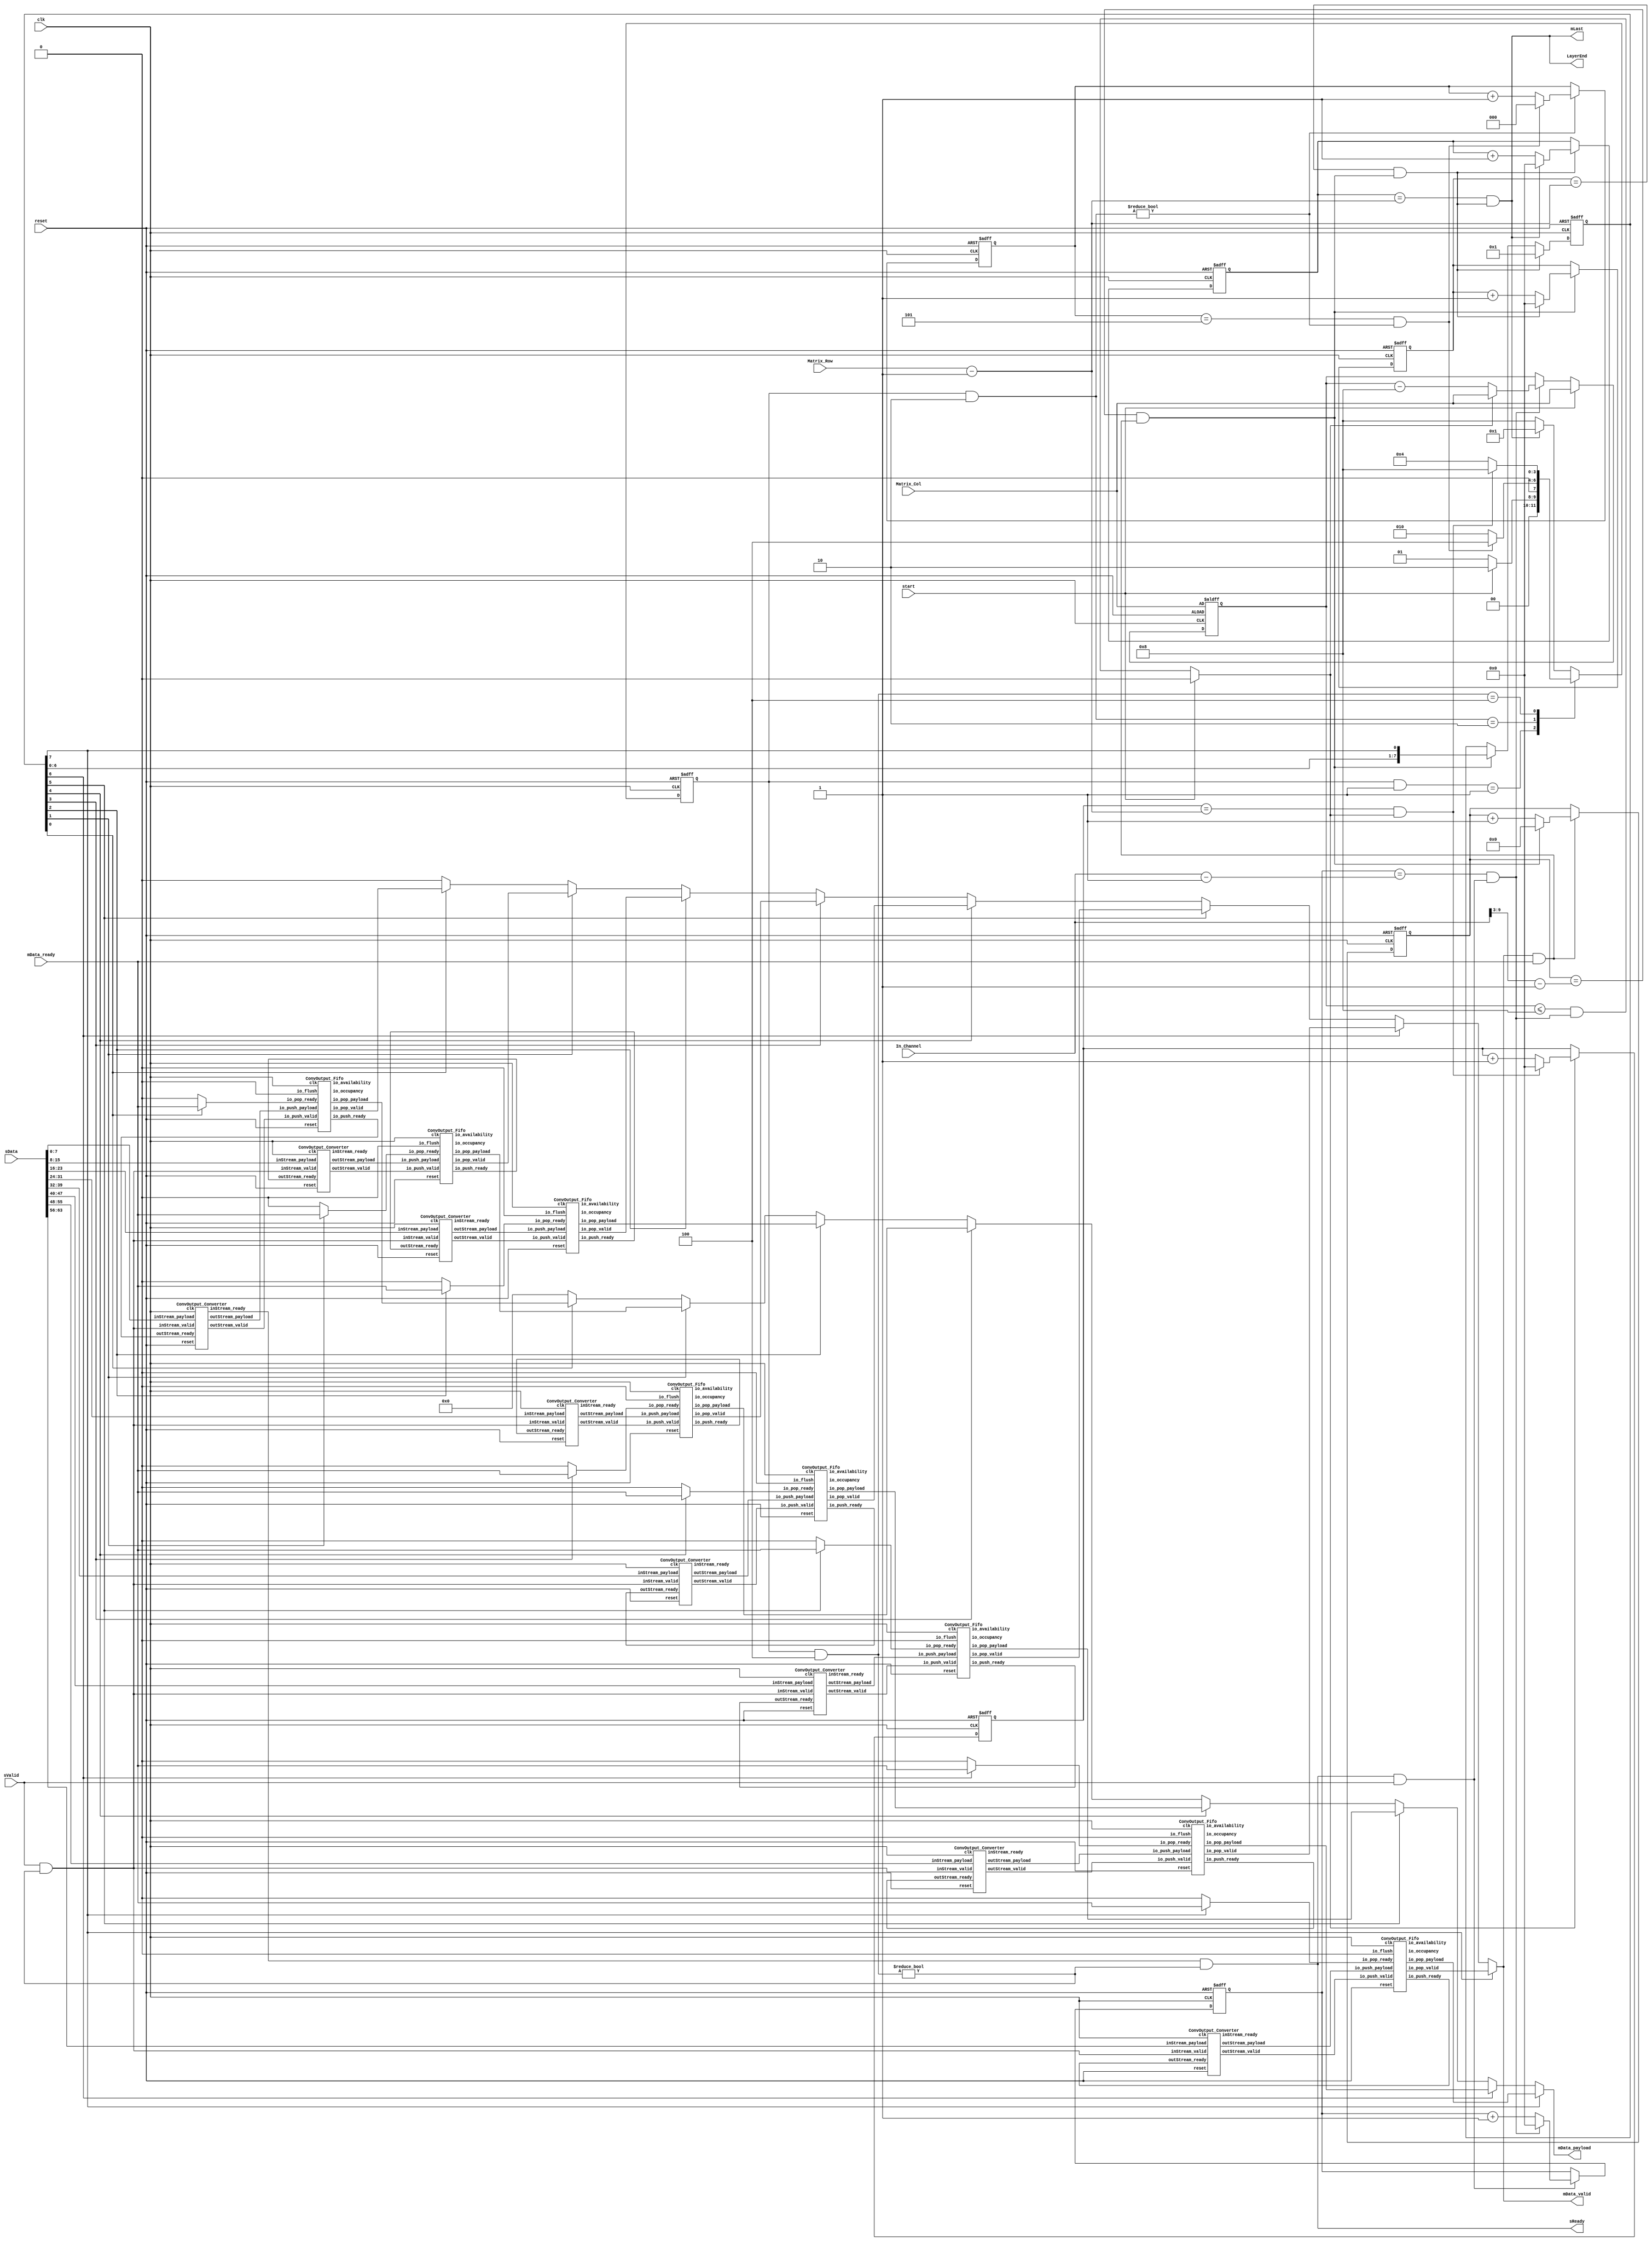
// Generator : SpinalHDL v1.7.0    git head : eca519e78d4e6022e34911ec300a432ed9db8220
// Component : ConvOutput
// Git hash  : b9dfac1612634efd5a7b71ce450fb51e01724af3

`timescale 1ns/1ps

module ConvOutput (
  input      [63:0]   sData,
  output              sReady,
  input               sValid,
  input      [9:0]    In_Channel,
  input      [11:0]   Matrix_Col,
  input      [11:0]   Matrix_Row,
  output reg          mData_valid,
  input               mData_ready,
  output reg [63:0]   mData_payload,
  output              mLast,
  output              LayerEnd,
  input               start,
  input               clk,
  input               reset
);
  localparam CONVOUTPUT_ENUM_IDLE = 4'd1;
  localparam CONVOUTPUT_ENUM_INIT = 4'd2;
  localparam CONVOUTPUT_ENUM_DATA_ARRANGEMENT = 4'd4;
  localparam CONVOUTPUT_ENUM_WAIT_END = 4'd8;

  reg                 streamFifo_io_pop_ready;
  wire                axisDataConverter_inStream_valid;
  wire       [7:0]    axisDataConverter_inStream_payload;
  reg                 streamFifo_1_io_pop_ready;
  wire                axisDataConverter_1_inStream_valid;
  wire       [7:0]    axisDataConverter_1_inStream_payload;
  reg                 streamFifo_2_io_pop_ready;
  wire                axisDataConverter_2_inStream_valid;
  wire       [7:0]    axisDataConverter_2_inStream_payload;
  reg                 streamFifo_3_io_pop_ready;
  wire                axisDataConverter_3_inStream_valid;
  wire       [7:0]    axisDataConverter_3_inStream_payload;
  reg                 streamFifo_4_io_pop_ready;
  wire                axisDataConverter_4_inStream_valid;
  wire       [7:0]    axisDataConverter_4_inStream_payload;
  reg                 streamFifo_5_io_pop_ready;
  wire                axisDataConverter_5_inStream_valid;
  wire       [7:0]    axisDataConverter_5_inStream_payload;
  reg                 streamFifo_6_io_pop_ready;
  wire                axisDataConverter_6_inStream_valid;
  wire       [7:0]    axisDataConverter_6_inStream_payload;
  reg                 streamFifo_7_io_pop_ready;
  wire                axisDataConverter_7_inStream_valid;
  wire       [7:0]    axisDataConverter_7_inStream_payload;
  wire                streamFifo_io_push_ready;
  wire                streamFifo_io_pop_valid;
  wire       [63:0]   streamFifo_io_pop_payload;
  wire       [9:0]    streamFifo_io_occupancy;
  wire       [9:0]    streamFifo_io_availability;
  wire                axisDataConverter_inStream_ready;
  wire                axisDataConverter_outStream_valid;
  wire       [63:0]   axisDataConverter_outStream_payload;
  wire                streamFifo_1_io_push_ready;
  wire                streamFifo_1_io_pop_valid;
  wire       [63:0]   streamFifo_1_io_pop_payload;
  wire       [9:0]    streamFifo_1_io_occupancy;
  wire       [9:0]    streamFifo_1_io_availability;
  wire                axisDataConverter_1_inStream_ready;
  wire                axisDataConverter_1_outStream_valid;
  wire       [63:0]   axisDataConverter_1_outStream_payload;
  wire                streamFifo_2_io_push_ready;
  wire                streamFifo_2_io_pop_valid;
  wire       [63:0]   streamFifo_2_io_pop_payload;
  wire       [9:0]    streamFifo_2_io_occupancy;
  wire       [9:0]    streamFifo_2_io_availability;
  wire                axisDataConverter_2_inStream_ready;
  wire                axisDataConverter_2_outStream_valid;
  wire       [63:0]   axisDataConverter_2_outStream_payload;
  wire                streamFifo_3_io_push_ready;
  wire                streamFifo_3_io_pop_valid;
  wire       [63:0]   streamFifo_3_io_pop_payload;
  wire       [9:0]    streamFifo_3_io_occupancy;
  wire       [9:0]    streamFifo_3_io_availability;
  wire                axisDataConverter_3_inStream_ready;
  wire                axisDataConverter_3_outStream_valid;
  wire       [63:0]   axisDataConverter_3_outStream_payload;
  wire                streamFifo_4_io_push_ready;
  wire                streamFifo_4_io_pop_valid;
  wire       [63:0]   streamFifo_4_io_pop_payload;
  wire       [9:0]    streamFifo_4_io_occupancy;
  wire       [9:0]    streamFifo_4_io_availability;
  wire                axisDataConverter_4_inStream_ready;
  wire                axisDataConverter_4_outStream_valid;
  wire       [63:0]   axisDataConverter_4_outStream_payload;
  wire                streamFifo_5_io_push_ready;
  wire                streamFifo_5_io_pop_valid;
  wire       [63:0]   streamFifo_5_io_pop_payload;
  wire       [9:0]    streamFifo_5_io_occupancy;
  wire       [9:0]    streamFifo_5_io_availability;
  wire                axisDataConverter_5_inStream_ready;
  wire                axisDataConverter_5_outStream_valid;
  wire       [63:0]   axisDataConverter_5_outStream_payload;
  wire                streamFifo_6_io_push_ready;
  wire                streamFifo_6_io_pop_valid;
  wire       [63:0]   streamFifo_6_io_pop_payload;
  wire       [9:0]    streamFifo_6_io_occupancy;
  wire       [9:0]    streamFifo_6_io_availability;
  wire                axisDataConverter_6_inStream_ready;
  wire                axisDataConverter_6_outStream_valid;
  wire       [63:0]   axisDataConverter_6_outStream_payload;
  wire                streamFifo_7_io_push_ready;
  wire                streamFifo_7_io_pop_valid;
  wire       [63:0]   streamFifo_7_io_pop_payload;
  wire       [9:0]    streamFifo_7_io_occupancy;
  wire       [9:0]    streamFifo_7_io_availability;
  wire                axisDataConverter_7_inStream_ready;
  wire                axisDataConverter_7_outStream_valid;
  wire       [63:0]   axisDataConverter_7_outStream_payload;
  wire       [11:0]   _zz_InChannel_Cnt_valid;
  wire       [9:0]    _zz_InChannel_Cnt_valid_1;
  wire       [11:0]   _zz_In_Col_Cnt_valid;
  wire       [11:0]   _zz_In_Col_Cnt_count_1;
  wire       [11:0]   _zz_In_Row_Cnt_valid;
  wire       [8:0]    _zz_OutChannel_Cnt_valid;
  wire       [6:0]    _zz_OutChannel_Cnt_valid_1;
  wire       [6:0]    _zz_OutChannel_Cnt_valid_2;
  wire       [11:0]   _zz_Out_Col_Cnt_valid;
  wire       [11:0]   _zz_Out_Row_Cnt_valid;
  wire       [0:0]    _zz_when_ConvOutput_l153;
  wire       [0:0]    _zz_when_ConvOutput_l153_1;
  wire       [0:0]    _zz_when_ConvOutput_l153_2;
  wire       [0:0]    _zz_when_ConvOutput_l153_3;
  wire       [0:0]    _zz_when_ConvOutput_l153_4;
  wire       [0:0]    _zz_when_ConvOutput_l153_5;
  wire       [0:0]    _zz_when_ConvOutput_l153_6;
  wire       [0:0]    _zz_when_ConvOutput_l153_7;
  reg        [3:0]    Fsm_currentState;
  reg        [3:0]    Fsm_nextState;
  wire                Fsm_Inited;
  wire                Fsm_LayerEnd;
  wire                Fsm_Data_AllOut;
  wire                when_WaCounter_l39;
  reg        [2:0]    Init_Cnt_count;
  wire                Init_Cnt_valid;
  wire                when_WaCounter_l39_1;
  reg        [11:0]   InChannel_Cnt_count;
  wire                InChannel_Cnt_valid;
  wire       [3:0]    _zz_In_Col_Cnt_count;
  reg        [11:0]   In_Col_Cnt_count;
  reg                 In_Col_Cnt_valid;
  reg        [11:0]   In_Row_Cnt_count;
  wire                In_Row_Cnt_valid;
  wire                mData_fire;
  reg        [8:0]    OutChannel_Cnt_count;
  wire                OutChannel_Cnt_valid;
  reg        [11:0]   Out_Col_Cnt_count;
  wire                Out_Col_Cnt_valid;
  reg        [11:0]   Out_Row_Cnt_count;
  wire                Out_Row_Cnt_valid;
  reg        [7:0]    OutSwitch;
  wire                when_ConvOutput_l153;
  wire                when_ConvOutput_l153_1;
  wire                when_ConvOutput_l153_2;
  wire                when_ConvOutput_l153_3;
  wire                when_ConvOutput_l153_4;
  wire                when_ConvOutput_l153_5;
  wire                when_ConvOutput_l153_6;
  wire                when_ConvOutput_l153_7;
  `ifndef SYNTHESIS
  reg [127:0] Fsm_currentState_string;
  reg [127:0] Fsm_nextState_string;
  `endif


  assign _zz_InChannel_Cnt_valid_1 = (In_Channel - 10'h001);
  assign _zz_InChannel_Cnt_valid = {2'd0, _zz_InChannel_Cnt_valid_1};
  assign _zz_In_Col_Cnt_valid = {8'd0, _zz_In_Col_Cnt_count};
  assign _zz_In_Col_Cnt_count_1 = {8'd0, _zz_In_Col_Cnt_count};
  assign _zz_In_Row_Cnt_valid = (Matrix_Row - 12'h001);
  assign _zz_OutChannel_Cnt_valid_1 = (_zz_OutChannel_Cnt_valid_2 - 7'h01);
  assign _zz_OutChannel_Cnt_valid = {2'd0, _zz_OutChannel_Cnt_valid_1};
  assign _zz_OutChannel_Cnt_valid_2 = (In_Channel >>> 3);
  assign _zz_Out_Col_Cnt_valid = (Matrix_Row - 12'h001);
  assign _zz_Out_Row_Cnt_valid = (Matrix_Row - 12'h001);
  assign _zz_when_ConvOutput_l153 = OutSwitch[0 : 0];
  assign _zz_when_ConvOutput_l153_1 = OutSwitch[1 : 1];
  assign _zz_when_ConvOutput_l153_2 = OutSwitch[2 : 2];
  assign _zz_when_ConvOutput_l153_3 = OutSwitch[3 : 3];
  assign _zz_when_ConvOutput_l153_4 = OutSwitch[4 : 4];
  assign _zz_when_ConvOutput_l153_5 = OutSwitch[5 : 5];
  assign _zz_when_ConvOutput_l153_6 = OutSwitch[6 : 6];
  assign _zz_when_ConvOutput_l153_7 = OutSwitch[7 : 7];
  ConvOutput_Fifo streamFifo (
    .io_push_valid   (axisDataConverter_outStream_valid        ), //i
    .io_push_ready   (streamFifo_io_push_ready                 ), //o
    .io_push_payload (axisDataConverter_outStream_payload[63:0]), //i
    .io_pop_valid    (streamFifo_io_pop_valid                  ), //o
    .io_pop_ready    (streamFifo_io_pop_ready                  ), //i
    .io_pop_payload  (streamFifo_io_pop_payload[63:0]          ), //o
    .io_flush        (1'b0                                     ), //i
    .io_occupancy    (streamFifo_io_occupancy[9:0]             ), //o
    .io_availability (streamFifo_io_availability[9:0]          ), //o
    .clk             (clk                                      ), //i
    .reset           (reset                                    )  //i
  );
  ConvOutput_Converter axisDataConverter (
    .inStream_valid    (axisDataConverter_inStream_valid         ), //i
    .inStream_ready    (axisDataConverter_inStream_ready         ), //o
    .inStream_payload  (axisDataConverter_inStream_payload[7:0]  ), //i
    .outStream_valid   (axisDataConverter_outStream_valid        ), //o
    .outStream_ready   (streamFifo_io_push_ready                 ), //i
    .outStream_payload (axisDataConverter_outStream_payload[63:0]), //o
    .clk               (clk                                      ), //i
    .reset             (reset                                    )  //i
  );
  ConvOutput_Fifo streamFifo_1 (
    .io_push_valid   (axisDataConverter_1_outStream_valid        ), //i
    .io_push_ready   (streamFifo_1_io_push_ready                 ), //o
    .io_push_payload (axisDataConverter_1_outStream_payload[63:0]), //i
    .io_pop_valid    (streamFifo_1_io_pop_valid                  ), //o
    .io_pop_ready    (streamFifo_1_io_pop_ready                  ), //i
    .io_pop_payload  (streamFifo_1_io_pop_payload[63:0]          ), //o
    .io_flush        (1'b0                                       ), //i
    .io_occupancy    (streamFifo_1_io_occupancy[9:0]             ), //o
    .io_availability (streamFifo_1_io_availability[9:0]          ), //o
    .clk             (clk                                        ), //i
    .reset           (reset                                      )  //i
  );
  ConvOutput_Converter axisDataConverter_1 (
    .inStream_valid    (axisDataConverter_1_inStream_valid         ), //i
    .inStream_ready    (axisDataConverter_1_inStream_ready         ), //o
    .inStream_payload  (axisDataConverter_1_inStream_payload[7:0]  ), //i
    .outStream_valid   (axisDataConverter_1_outStream_valid        ), //o
    .outStream_ready   (streamFifo_1_io_push_ready                 ), //i
    .outStream_payload (axisDataConverter_1_outStream_payload[63:0]), //o
    .clk               (clk                                        ), //i
    .reset             (reset                                      )  //i
  );
  ConvOutput_Fifo streamFifo_2 (
    .io_push_valid   (axisDataConverter_2_outStream_valid        ), //i
    .io_push_ready   (streamFifo_2_io_push_ready                 ), //o
    .io_push_payload (axisDataConverter_2_outStream_payload[63:0]), //i
    .io_pop_valid    (streamFifo_2_io_pop_valid                  ), //o
    .io_pop_ready    (streamFifo_2_io_pop_ready                  ), //i
    .io_pop_payload  (streamFifo_2_io_pop_payload[63:0]          ), //o
    .io_flush        (1'b0                                       ), //i
    .io_occupancy    (streamFifo_2_io_occupancy[9:0]             ), //o
    .io_availability (streamFifo_2_io_availability[9:0]          ), //o
    .clk             (clk                                        ), //i
    .reset           (reset                                      )  //i
  );
  ConvOutput_Converter axisDataConverter_2 (
    .inStream_valid    (axisDataConverter_2_inStream_valid         ), //i
    .inStream_ready    (axisDataConverter_2_inStream_ready         ), //o
    .inStream_payload  (axisDataConverter_2_inStream_payload[7:0]  ), //i
    .outStream_valid   (axisDataConverter_2_outStream_valid        ), //o
    .outStream_ready   (streamFifo_2_io_push_ready                 ), //i
    .outStream_payload (axisDataConverter_2_outStream_payload[63:0]), //o
    .clk               (clk                                        ), //i
    .reset             (reset                                      )  //i
  );
  ConvOutput_Fifo streamFifo_3 (
    .io_push_valid   (axisDataConverter_3_outStream_valid        ), //i
    .io_push_ready   (streamFifo_3_io_push_ready                 ), //o
    .io_push_payload (axisDataConverter_3_outStream_payload[63:0]), //i
    .io_pop_valid    (streamFifo_3_io_pop_valid                  ), //o
    .io_pop_ready    (streamFifo_3_io_pop_ready                  ), //i
    .io_pop_payload  (streamFifo_3_io_pop_payload[63:0]          ), //o
    .io_flush        (1'b0                                       ), //i
    .io_occupancy    (streamFifo_3_io_occupancy[9:0]             ), //o
    .io_availability (streamFifo_3_io_availability[9:0]          ), //o
    .clk             (clk                                        ), //i
    .reset           (reset                                      )  //i
  );
  ConvOutput_Converter axisDataConverter_3 (
    .inStream_valid    (axisDataConverter_3_inStream_valid         ), //i
    .inStream_ready    (axisDataConverter_3_inStream_ready         ), //o
    .inStream_payload  (axisDataConverter_3_inStream_payload[7:0]  ), //i
    .outStream_valid   (axisDataConverter_3_outStream_valid        ), //o
    .outStream_ready   (streamFifo_3_io_push_ready                 ), //i
    .outStream_payload (axisDataConverter_3_outStream_payload[63:0]), //o
    .clk               (clk                                        ), //i
    .reset             (reset                                      )  //i
  );
  ConvOutput_Fifo streamFifo_4 (
    .io_push_valid   (axisDataConverter_4_outStream_valid        ), //i
    .io_push_ready   (streamFifo_4_io_push_ready                 ), //o
    .io_push_payload (axisDataConverter_4_outStream_payload[63:0]), //i
    .io_pop_valid    (streamFifo_4_io_pop_valid                  ), //o
    .io_pop_ready    (streamFifo_4_io_pop_ready                  ), //i
    .io_pop_payload  (streamFifo_4_io_pop_payload[63:0]          ), //o
    .io_flush        (1'b0                                       ), //i
    .io_occupancy    (streamFifo_4_io_occupancy[9:0]             ), //o
    .io_availability (streamFifo_4_io_availability[9:0]          ), //o
    .clk             (clk                                        ), //i
    .reset           (reset                                      )  //i
  );
  ConvOutput_Converter axisDataConverter_4 (
    .inStream_valid    (axisDataConverter_4_inStream_valid         ), //i
    .inStream_ready    (axisDataConverter_4_inStream_ready         ), //o
    .inStream_payload  (axisDataConverter_4_inStream_payload[7:0]  ), //i
    .outStream_valid   (axisDataConverter_4_outStream_valid        ), //o
    .outStream_ready   (streamFifo_4_io_push_ready                 ), //i
    .outStream_payload (axisDataConverter_4_outStream_payload[63:0]), //o
    .clk               (clk                                        ), //i
    .reset             (reset                                      )  //i
  );
  ConvOutput_Fifo streamFifo_5 (
    .io_push_valid   (axisDataConverter_5_outStream_valid        ), //i
    .io_push_ready   (streamFifo_5_io_push_ready                 ), //o
    .io_push_payload (axisDataConverter_5_outStream_payload[63:0]), //i
    .io_pop_valid    (streamFifo_5_io_pop_valid                  ), //o
    .io_pop_ready    (streamFifo_5_io_pop_ready                  ), //i
    .io_pop_payload  (streamFifo_5_io_pop_payload[63:0]          ), //o
    .io_flush        (1'b0                                       ), //i
    .io_occupancy    (streamFifo_5_io_occupancy[9:0]             ), //o
    .io_availability (streamFifo_5_io_availability[9:0]          ), //o
    .clk             (clk                                        ), //i
    .reset           (reset                                      )  //i
  );
  ConvOutput_Converter axisDataConverter_5 (
    .inStream_valid    (axisDataConverter_5_inStream_valid         ), //i
    .inStream_ready    (axisDataConverter_5_inStream_ready         ), //o
    .inStream_payload  (axisDataConverter_5_inStream_payload[7:0]  ), //i
    .outStream_valid   (axisDataConverter_5_outStream_valid        ), //o
    .outStream_ready   (streamFifo_5_io_push_ready                 ), //i
    .outStream_payload (axisDataConverter_5_outStream_payload[63:0]), //o
    .clk               (clk                                        ), //i
    .reset             (reset                                      )  //i
  );
  ConvOutput_Fifo streamFifo_6 (
    .io_push_valid   (axisDataConverter_6_outStream_valid        ), //i
    .io_push_ready   (streamFifo_6_io_push_ready                 ), //o
    .io_push_payload (axisDataConverter_6_outStream_payload[63:0]), //i
    .io_pop_valid    (streamFifo_6_io_pop_valid                  ), //o
    .io_pop_ready    (streamFifo_6_io_pop_ready                  ), //i
    .io_pop_payload  (streamFifo_6_io_pop_payload[63:0]          ), //o
    .io_flush        (1'b0                                       ), //i
    .io_occupancy    (streamFifo_6_io_occupancy[9:0]             ), //o
    .io_availability (streamFifo_6_io_availability[9:0]          ), //o
    .clk             (clk                                        ), //i
    .reset           (reset                                      )  //i
  );
  ConvOutput_Converter axisDataConverter_6 (
    .inStream_valid    (axisDataConverter_6_inStream_valid         ), //i
    .inStream_ready    (axisDataConverter_6_inStream_ready         ), //o
    .inStream_payload  (axisDataConverter_6_inStream_payload[7:0]  ), //i
    .outStream_valid   (axisDataConverter_6_outStream_valid        ), //o
    .outStream_ready   (streamFifo_6_io_push_ready                 ), //i
    .outStream_payload (axisDataConverter_6_outStream_payload[63:0]), //o
    .clk               (clk                                        ), //i
    .reset             (reset                                      )  //i
  );
  ConvOutput_Fifo streamFifo_7 (
    .io_push_valid   (axisDataConverter_7_outStream_valid        ), //i
    .io_push_ready   (streamFifo_7_io_push_ready                 ), //o
    .io_push_payload (axisDataConverter_7_outStream_payload[63:0]), //i
    .io_pop_valid    (streamFifo_7_io_pop_valid                  ), //o
    .io_pop_ready    (streamFifo_7_io_pop_ready                  ), //i
    .io_pop_payload  (streamFifo_7_io_pop_payload[63:0]          ), //o
    .io_flush        (1'b0                                       ), //i
    .io_occupancy    (streamFifo_7_io_occupancy[9:0]             ), //o
    .io_availability (streamFifo_7_io_availability[9:0]          ), //o
    .clk             (clk                                        ), //i
    .reset           (reset                                      )  //i
  );
  ConvOutput_Converter axisDataConverter_7 (
    .inStream_valid    (axisDataConverter_7_inStream_valid         ), //i
    .inStream_ready    (axisDataConverter_7_inStream_ready         ), //o
    .inStream_payload  (axisDataConverter_7_inStream_payload[7:0]  ), //i
    .outStream_valid   (axisDataConverter_7_outStream_valid        ), //o
    .outStream_ready   (streamFifo_7_io_push_ready                 ), //i
    .outStream_payload (axisDataConverter_7_outStream_payload[63:0]), //o
    .clk               (clk                                        ), //i
    .reset             (reset                                      )  //i
  );
  `ifndef SYNTHESIS
  always @(*) begin
    case(Fsm_currentState)
      CONVOUTPUT_ENUM_IDLE : Fsm_currentState_string = "IDLE            ";
      CONVOUTPUT_ENUM_INIT : Fsm_currentState_string = "INIT            ";
      CONVOUTPUT_ENUM_DATA_ARRANGEMENT : Fsm_currentState_string = "DATA_ARRANGEMENT";
      CONVOUTPUT_ENUM_WAIT_END : Fsm_currentState_string = "WAIT_END        ";
      default : Fsm_currentState_string = "????????????????";
    endcase
  end
  always @(*) begin
    case(Fsm_nextState)
      CONVOUTPUT_ENUM_IDLE : Fsm_nextState_string = "IDLE            ";
      CONVOUTPUT_ENUM_INIT : Fsm_nextState_string = "INIT            ";
      CONVOUTPUT_ENUM_DATA_ARRANGEMENT : Fsm_nextState_string = "DATA_ARRANGEMENT";
      CONVOUTPUT_ENUM_WAIT_END : Fsm_nextState_string = "WAIT_END        ";
      default : Fsm_nextState_string = "????????????????";
    endcase
  end
  `endif

  always @(*) begin
    (* parallel_case *)
    case(1) // synthesis parallel_case
      (((Fsm_currentState) & CONVOUTPUT_ENUM_IDLE) == CONVOUTPUT_ENUM_IDLE) : begin
        if(start) begin
          Fsm_nextState = CONVOUTPUT_ENUM_INIT;
        end else begin
          Fsm_nextState = CONVOUTPUT_ENUM_IDLE;
        end
      end
      (((Fsm_currentState) & CONVOUTPUT_ENUM_INIT) == CONVOUTPUT_ENUM_INIT) : begin
        if(Fsm_Inited) begin
          Fsm_nextState = CONVOUTPUT_ENUM_DATA_ARRANGEMENT;
        end else begin
          Fsm_nextState = CONVOUTPUT_ENUM_INIT;
        end
      end
      (((Fsm_currentState) & CONVOUTPUT_ENUM_DATA_ARRANGEMENT) == CONVOUTPUT_ENUM_DATA_ARRANGEMENT) : begin
        if(Fsm_LayerEnd) begin
          Fsm_nextState = CONVOUTPUT_ENUM_WAIT_END;
        end else begin
          Fsm_nextState = CONVOUTPUT_ENUM_DATA_ARRANGEMENT;
        end
      end
      default : begin
        if(Fsm_Data_AllOut) begin
          Fsm_nextState = CONVOUTPUT_ENUM_IDLE;
        end else begin
          Fsm_nextState = CONVOUTPUT_ENUM_WAIT_END;
        end
      end
    endcase
  end

  assign when_WaCounter_l39 = ((Fsm_currentState & CONVOUTPUT_ENUM_INIT) != 4'b0000);
  assign Init_Cnt_valid = ((Init_Cnt_count == 3'b101) && when_WaCounter_l39);
  assign Fsm_Inited = Init_Cnt_valid;
  assign when_WaCounter_l39_1 = (sReady && sValid);
  assign InChannel_Cnt_valid = ((InChannel_Cnt_count == _zz_InChannel_Cnt_valid) && when_WaCounter_l39_1);
  assign _zz_In_Col_Cnt_count = 4'b1000;
  always @(*) begin
    In_Col_Cnt_valid = ((In_Col_Cnt_count <= _zz_In_Col_Cnt_valid) && InChannel_Cnt_valid);
    if(start) begin
      In_Col_Cnt_valid = 1'b0;
    end
  end

  assign In_Row_Cnt_valid = ((In_Row_Cnt_count == _zz_In_Row_Cnt_valid) && In_Col_Cnt_valid);
  assign Fsm_LayerEnd = In_Row_Cnt_valid;
  assign mData_fire = (mData_valid && mData_ready);
  assign OutChannel_Cnt_valid = ((OutChannel_Cnt_count == _zz_OutChannel_Cnt_valid) && mData_fire);
  assign Out_Col_Cnt_valid = ((Out_Col_Cnt_count == _zz_Out_Col_Cnt_valid) && OutChannel_Cnt_valid);
  assign Out_Row_Cnt_valid = ((Out_Row_Cnt_count == _zz_Out_Row_Cnt_valid) && Out_Col_Cnt_valid);
  assign Fsm_Data_AllOut = Out_Row_Cnt_valid;
  always @(*) begin
    mData_payload = 64'h0;
    if(when_ConvOutput_l153) begin
      mData_payload = streamFifo_io_pop_payload;
    end
    if(when_ConvOutput_l153_1) begin
      mData_payload = streamFifo_1_io_pop_payload;
    end
    if(when_ConvOutput_l153_2) begin
      mData_payload = streamFifo_2_io_pop_payload;
    end
    if(when_ConvOutput_l153_3) begin
      mData_payload = streamFifo_3_io_pop_payload;
    end
    if(when_ConvOutput_l153_4) begin
      mData_payload = streamFifo_4_io_pop_payload;
    end
    if(when_ConvOutput_l153_5) begin
      mData_payload = streamFifo_5_io_pop_payload;
    end
    if(when_ConvOutput_l153_6) begin
      mData_payload = streamFifo_6_io_pop_payload;
    end
    if(when_ConvOutput_l153_7) begin
      mData_payload = streamFifo_7_io_pop_payload;
    end
  end

  always @(*) begin
    mData_valid = 1'b0;
    if(when_ConvOutput_l153) begin
      mData_valid = streamFifo_io_pop_valid;
    end
    if(when_ConvOutput_l153_1) begin
      mData_valid = streamFifo_1_io_pop_valid;
    end
    if(when_ConvOutput_l153_2) begin
      mData_valid = streamFifo_2_io_pop_valid;
    end
    if(when_ConvOutput_l153_3) begin
      mData_valid = streamFifo_3_io_pop_valid;
    end
    if(when_ConvOutput_l153_4) begin
      mData_valid = streamFifo_4_io_pop_valid;
    end
    if(when_ConvOutput_l153_5) begin
      mData_valid = streamFifo_5_io_pop_valid;
    end
    if(when_ConvOutput_l153_6) begin
      mData_valid = streamFifo_6_io_pop_valid;
    end
    if(when_ConvOutput_l153_7) begin
      mData_valid = streamFifo_7_io_pop_valid;
    end
  end

  assign axisDataConverter_inStream_payload = sData[7 : 0];
  assign sReady = (axisDataConverter_inStream_ready && ((Fsm_currentState & CONVOUTPUT_ENUM_DATA_ARRANGEMENT) != 4'b0000));
  assign axisDataConverter_inStream_valid = (sValid && ((Fsm_currentState & CONVOUTPUT_ENUM_DATA_ARRANGEMENT) != 4'b0000));
  always @(*) begin
    streamFifo_io_pop_ready = 1'b0;
    if(when_ConvOutput_l153) begin
      streamFifo_io_pop_ready = mData_ready;
    end
  end

  assign when_ConvOutput_l153 = _zz_when_ConvOutput_l153[0];
  assign axisDataConverter_1_inStream_payload = sData[15 : 8];
  assign axisDataConverter_1_inStream_valid = (sValid && ((Fsm_currentState & CONVOUTPUT_ENUM_DATA_ARRANGEMENT) != 4'b0000));
  always @(*) begin
    streamFifo_1_io_pop_ready = 1'b0;
    if(when_ConvOutput_l153_1) begin
      streamFifo_1_io_pop_ready = mData_ready;
    end
  end

  assign when_ConvOutput_l153_1 = _zz_when_ConvOutput_l153_1[0];
  assign axisDataConverter_2_inStream_payload = sData[23 : 16];
  assign axisDataConverter_2_inStream_valid = (sValid && ((Fsm_currentState & CONVOUTPUT_ENUM_DATA_ARRANGEMENT) != 4'b0000));
  always @(*) begin
    streamFifo_2_io_pop_ready = 1'b0;
    if(when_ConvOutput_l153_2) begin
      streamFifo_2_io_pop_ready = mData_ready;
    end
  end

  assign when_ConvOutput_l153_2 = _zz_when_ConvOutput_l153_2[0];
  assign axisDataConverter_3_inStream_payload = sData[31 : 24];
  assign axisDataConverter_3_inStream_valid = (sValid && ((Fsm_currentState & CONVOUTPUT_ENUM_DATA_ARRANGEMENT) != 4'b0000));
  always @(*) begin
    streamFifo_3_io_pop_ready = 1'b0;
    if(when_ConvOutput_l153_3) begin
      streamFifo_3_io_pop_ready = mData_ready;
    end
  end

  assign when_ConvOutput_l153_3 = _zz_when_ConvOutput_l153_3[0];
  assign axisDataConverter_4_inStream_payload = sData[39 : 32];
  assign axisDataConverter_4_inStream_valid = (sValid && ((Fsm_currentState & CONVOUTPUT_ENUM_DATA_ARRANGEMENT) != 4'b0000));
  always @(*) begin
    streamFifo_4_io_pop_ready = 1'b0;
    if(when_ConvOutput_l153_4) begin
      streamFifo_4_io_pop_ready = mData_ready;
    end
  end

  assign when_ConvOutput_l153_4 = _zz_when_ConvOutput_l153_4[0];
  assign axisDataConverter_5_inStream_payload = sData[47 : 40];
  assign axisDataConverter_5_inStream_valid = (sValid && ((Fsm_currentState & CONVOUTPUT_ENUM_DATA_ARRANGEMENT) != 4'b0000));
  always @(*) begin
    streamFifo_5_io_pop_ready = 1'b0;
    if(when_ConvOutput_l153_5) begin
      streamFifo_5_io_pop_ready = mData_ready;
    end
  end

  assign when_ConvOutput_l153_5 = _zz_when_ConvOutput_l153_5[0];
  assign axisDataConverter_6_inStream_payload = sData[55 : 48];
  assign axisDataConverter_6_inStream_valid = (sValid && ((Fsm_currentState & CONVOUTPUT_ENUM_DATA_ARRANGEMENT) != 4'b0000));
  always @(*) begin
    streamFifo_6_io_pop_ready = 1'b0;
    if(when_ConvOutput_l153_6) begin
      streamFifo_6_io_pop_ready = mData_ready;
    end
  end

  assign when_ConvOutput_l153_6 = _zz_when_ConvOutput_l153_6[0];
  assign axisDataConverter_7_inStream_payload = sData[63 : 56];
  assign axisDataConverter_7_inStream_valid = (sValid && ((Fsm_currentState & CONVOUTPUT_ENUM_DATA_ARRANGEMENT) != 4'b0000));
  always @(*) begin
    streamFifo_7_io_pop_ready = 1'b0;
    if(when_ConvOutput_l153_7) begin
      streamFifo_7_io_pop_ready = mData_ready;
    end
  end

  assign when_ConvOutput_l153_7 = _zz_when_ConvOutput_l153_7[0];
  assign mLast = Fsm_Data_AllOut;
  assign LayerEnd = Fsm_Data_AllOut;
  always @(posedge clk or posedge reset) begin
    if(reset) begin
      Fsm_currentState <= CONVOUTPUT_ENUM_IDLE;
      Init_Cnt_count <= 3'b000;
      InChannel_Cnt_count <= 12'h0;
      In_Col_Cnt_count <= Matrix_Col;
      In_Row_Cnt_count <= 12'h0;
      OutChannel_Cnt_count <= 9'h0;
      Out_Col_Cnt_count <= 12'h0;
      Out_Row_Cnt_count <= 12'h0;
      OutSwitch <= 8'h01;
    end else begin
      Fsm_currentState <= Fsm_nextState;
      if(when_WaCounter_l39) begin
        if(Init_Cnt_valid) begin
          Init_Cnt_count <= 3'b000;
        end else begin
          Init_Cnt_count <= (Init_Cnt_count + 3'b001);
        end
      end
      if(when_WaCounter_l39_1) begin
        if(InChannel_Cnt_valid) begin
          InChannel_Cnt_count <= 12'h0;
        end else begin
          InChannel_Cnt_count <= (InChannel_Cnt_count + 12'h001);
        end
      end
      if(InChannel_Cnt_valid) begin
        if(In_Col_Cnt_valid) begin
          In_Col_Cnt_count <= Matrix_Col;
        end else begin
          In_Col_Cnt_count <= (In_Col_Cnt_count - _zz_In_Col_Cnt_count_1);
        end
      end
      if(start) begin
        In_Col_Cnt_count <= Matrix_Col;
      end
      if(In_Col_Cnt_valid) begin
        if(In_Row_Cnt_valid) begin
          In_Row_Cnt_count <= 12'h0;
        end else begin
          In_Row_Cnt_count <= (In_Row_Cnt_count + 12'h001);
        end
      end
      if(mData_fire) begin
        if(OutChannel_Cnt_valid) begin
          OutChannel_Cnt_count <= 9'h0;
        end else begin
          OutChannel_Cnt_count <= (OutChannel_Cnt_count + 9'h001);
        end
      end
      if(OutChannel_Cnt_valid) begin
        if(Out_Col_Cnt_valid) begin
          Out_Col_Cnt_count <= 12'h0;
        end else begin
          Out_Col_Cnt_count <= (Out_Col_Cnt_count + 12'h001);
        end
      end
      if(Out_Col_Cnt_valid) begin
        if(Out_Row_Cnt_valid) begin
          Out_Row_Cnt_count <= 12'h0;
        end else begin
          Out_Row_Cnt_count <= (Out_Row_Cnt_count + 12'h001);
        end
      end
      if(Out_Col_Cnt_valid) begin
        OutSwitch <= 8'h01;
      end else begin
        if(OutChannel_Cnt_valid) begin
          OutSwitch <= {OutSwitch[6 : 0],OutSwitch[7 : 7]};
        end
      end
    end
  end


endmodule

//ConvOutput_Converter replaced by ConvOutput_Converter

//ConvOutput_Fifo replaced by ConvOutput_Fifo

//ConvOutput_Converter replaced by ConvOutput_Converter

//ConvOutput_Fifo replaced by ConvOutput_Fifo

//ConvOutput_Converter replaced by ConvOutput_Converter

//ConvOutput_Fifo replaced by ConvOutput_Fifo

//ConvOutput_Converter replaced by ConvOutput_Converter

//ConvOutput_Fifo replaced by ConvOutput_Fifo

//ConvOutput_Converter replaced by ConvOutput_Converter

//ConvOutput_Fifo replaced by ConvOutput_Fifo

//ConvOutput_Converter replaced by ConvOutput_Converter

//ConvOutput_Fifo replaced by ConvOutput_Fifo

//ConvOutput_Converter replaced by ConvOutput_Converter

//ConvOutput_Fifo replaced by ConvOutput_Fifo

module ConvOutput_Converter (
  input               inStream_valid,
  output              inStream_ready,
  input      [7:0]    inStream_payload,
  output              outStream_valid,
  input               outStream_ready,
  output     [63:0]   outStream_payload,
  input               clk,
  input               reset
);

  wire       [2:0]    _zz__zz_inStream_ready_1;
  wire       [0:0]    _zz__zz_inStream_ready_1_1;
  wire       [47:0]   _zz__zz_outStream_payload;
  wire       [63:0]   _zz_outStream_payload_1;
  wire       [63:0]   _zz_outStream_payload_2;
  wire                inStream_fire;
  reg                 _zz_inStream_ready;
  reg        [2:0]    _zz_inStream_ready_1;
  reg        [2:0]    _zz_inStream_ready_2;
  wire                _zz_inStream_ready_3;
  reg        [55:0]   _zz_outStream_payload;
  wire                inStream_fire_1;

  assign _zz__zz_inStream_ready_1_1 = _zz_inStream_ready;
  assign _zz__zz_inStream_ready_1 = {2'd0, _zz__zz_inStream_ready_1_1};
  assign _zz__zz_outStream_payload = (_zz_outStream_payload >>> 8);
  assign _zz_outStream_payload_2 = {inStream_payload,_zz_outStream_payload};
  assign _zz_outStream_payload_1 = _zz_outStream_payload_2;
  assign inStream_fire = (inStream_valid && inStream_ready);
  always @(*) begin
    _zz_inStream_ready = 1'b0;
    if(inStream_fire) begin
      _zz_inStream_ready = 1'b1;
    end
  end

  assign _zz_inStream_ready_3 = (_zz_inStream_ready_2 == 3'b111);
  always @(*) begin
    _zz_inStream_ready_1 = (_zz_inStream_ready_2 + _zz__zz_inStream_ready_1);
    if(1'b0) begin
      _zz_inStream_ready_1 = 3'b000;
    end
  end

  assign inStream_fire_1 = (inStream_valid && inStream_ready);
  assign outStream_valid = (inStream_valid && _zz_inStream_ready_3);
  assign outStream_payload = _zz_outStream_payload_1;
  assign inStream_ready = (! ((! outStream_ready) && _zz_inStream_ready_3));
  always @(posedge clk or posedge reset) begin
    if(reset) begin
      _zz_inStream_ready_2 <= 3'b000;
    end else begin
      _zz_inStream_ready_2 <= _zz_inStream_ready_1;
    end
  end

  always @(posedge clk) begin
    if(inStream_fire_1) begin
      _zz_outStream_payload <= {inStream_payload,_zz__zz_outStream_payload};
    end
  end


endmodule

module ConvOutput_Fifo (
  input               io_push_valid,
  output              io_push_ready,
  input      [63:0]   io_push_payload,
  output              io_pop_valid,
  input               io_pop_ready,
  output     [63:0]   io_pop_payload,
  input               io_flush,
  output     [9:0]    io_occupancy,
  output     [9:0]    io_availability,
  input               clk,
  input               reset
);

  reg        [63:0]   _zz_logic_ram_port0;
  wire       [8:0]    _zz_logic_pushPtr_valueNext;
  wire       [0:0]    _zz_logic_pushPtr_valueNext_1;
  wire       [8:0]    _zz_logic_popPtr_valueNext;
  wire       [0:0]    _zz_logic_popPtr_valueNext_1;
  wire                _zz_logic_ram_port;
  wire                _zz_io_pop_payload;
  wire       [63:0]   _zz_logic_ram_port_1;
  wire       [8:0]    _zz_io_availability;
  reg                 _zz_1;
  reg                 logic_pushPtr_willIncrement;
  reg                 logic_pushPtr_willClear;
  reg        [8:0]    logic_pushPtr_valueNext;
  reg        [8:0]    logic_pushPtr_value;
  wire                logic_pushPtr_willOverflowIfInc;
  wire                logic_pushPtr_willOverflow;
  reg                 logic_popPtr_willIncrement;
  reg                 logic_popPtr_willClear;
  reg        [8:0]    logic_popPtr_valueNext;
  reg        [8:0]    logic_popPtr_value;
  wire                logic_popPtr_willOverflowIfInc;
  wire                logic_popPtr_willOverflow;
  wire                logic_ptrMatch;
  reg                 logic_risingOccupancy;
  wire                logic_pushing;
  wire                logic_popping;
  wire                logic_empty;
  wire                logic_full;
  reg                 _zz_io_pop_valid;
  wire                when_Stream_l1021;
  wire       [8:0]    logic_ptrDif;
  reg [63:0] logic_ram [0:511];

  assign _zz_logic_pushPtr_valueNext_1 = logic_pushPtr_willIncrement;
  assign _zz_logic_pushPtr_valueNext = {8'd0, _zz_logic_pushPtr_valueNext_1};
  assign _zz_logic_popPtr_valueNext_1 = logic_popPtr_willIncrement;
  assign _zz_logic_popPtr_valueNext = {8'd0, _zz_logic_popPtr_valueNext_1};
  assign _zz_io_availability = (logic_popPtr_value - logic_pushPtr_value);
  assign _zz_io_pop_payload = 1'b1;
  assign _zz_logic_ram_port_1 = io_push_payload;
  always @(posedge clk) begin
    if(_zz_io_pop_payload) begin
      _zz_logic_ram_port0 <= logic_ram[logic_popPtr_valueNext];
    end
  end

  always @(posedge clk) begin
    if(_zz_1) begin
      logic_ram[logic_pushPtr_value] <= _zz_logic_ram_port_1;
    end
  end

  always @(*) begin
    _zz_1 = 1'b0;
    if(logic_pushing) begin
      _zz_1 = 1'b1;
    end
  end

  always @(*) begin
    logic_pushPtr_willIncrement = 1'b0;
    if(logic_pushing) begin
      logic_pushPtr_willIncrement = 1'b1;
    end
  end

  always @(*) begin
    logic_pushPtr_willClear = 1'b0;
    if(io_flush) begin
      logic_pushPtr_willClear = 1'b1;
    end
  end

  assign logic_pushPtr_willOverflowIfInc = (logic_pushPtr_value == 9'h1ff);
  assign logic_pushPtr_willOverflow = (logic_pushPtr_willOverflowIfInc && logic_pushPtr_willIncrement);
  always @(*) begin
    logic_pushPtr_valueNext = (logic_pushPtr_value + _zz_logic_pushPtr_valueNext);
    if(logic_pushPtr_willClear) begin
      logic_pushPtr_valueNext = 9'h0;
    end
  end

  always @(*) begin
    logic_popPtr_willIncrement = 1'b0;
    if(logic_popping) begin
      logic_popPtr_willIncrement = 1'b1;
    end
  end

  always @(*) begin
    logic_popPtr_willClear = 1'b0;
    if(io_flush) begin
      logic_popPtr_willClear = 1'b1;
    end
  end

  assign logic_popPtr_willOverflowIfInc = (logic_popPtr_value == 9'h1ff);
  assign logic_popPtr_willOverflow = (logic_popPtr_willOverflowIfInc && logic_popPtr_willIncrement);
  always @(*) begin
    logic_popPtr_valueNext = (logic_popPtr_value + _zz_logic_popPtr_valueNext);
    if(logic_popPtr_willClear) begin
      logic_popPtr_valueNext = 9'h0;
    end
  end

  assign logic_ptrMatch = (logic_pushPtr_value == logic_popPtr_value);
  assign logic_pushing = (io_push_valid && io_push_ready);
  assign logic_popping = (io_pop_valid && io_pop_ready);
  assign logic_empty = (logic_ptrMatch && (! logic_risingOccupancy));
  assign logic_full = (logic_ptrMatch && logic_risingOccupancy);
  assign io_push_ready = (! logic_full);
  assign io_pop_valid = ((! logic_empty) && (! (_zz_io_pop_valid && (! logic_full))));
  assign io_pop_payload = _zz_logic_ram_port0;
  assign when_Stream_l1021 = (logic_pushing != logic_popping);
  assign logic_ptrDif = (logic_pushPtr_value - logic_popPtr_value);
  assign io_occupancy = {(logic_risingOccupancy && logic_ptrMatch),logic_ptrDif};
  assign io_availability = {((! logic_risingOccupancy) && logic_ptrMatch),_zz_io_availability};
  always @(posedge clk or posedge reset) begin
    if(reset) begin
      logic_pushPtr_value <= 9'h0;
      logic_popPtr_value <= 9'h0;
      logic_risingOccupancy <= 1'b0;
      _zz_io_pop_valid <= 1'b0;
    end else begin
      logic_pushPtr_value <= logic_pushPtr_valueNext;
      logic_popPtr_value <= logic_popPtr_valueNext;
      _zz_io_pop_valid <= (logic_popPtr_valueNext == logic_pushPtr_value);
      if(when_Stream_l1021) begin
        logic_risingOccupancy <= logic_pushing;
      end
      if(io_flush) begin
        logic_risingOccupancy <= 1'b0;
      end
    end
  end


endmodule